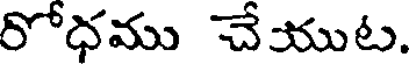
రోధము చేయుట.